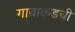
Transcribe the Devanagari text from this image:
गावाकडची